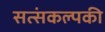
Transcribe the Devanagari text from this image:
सत्संकल्पकी